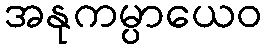
အနုကမ္ပာယေဝ